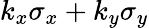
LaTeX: k_{x}\sigma_{x}+k_{y}\sigma_{y}